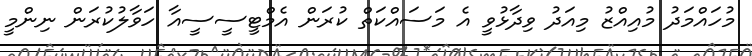
މުހައްމަދު މުއިއްޒު މިއަދު ވިދާޅުވީ އެ މަސައްކަތް ކުރަން އެމްޓީސީސީއާ ހަވާލުކުރަން ނިންމީ